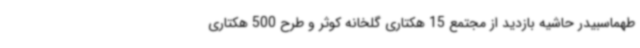
طهماسبیدر حاشیه بازدید از مجتمع 15 هکتاری گلخانه کوثر و طرح 500 هکتاری